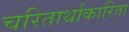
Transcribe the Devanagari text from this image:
चरितार्थाकारिता